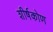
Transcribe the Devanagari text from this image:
शीर्षकोण